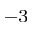
^ { - 3 }